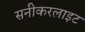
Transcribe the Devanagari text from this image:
सनीकरलाइट